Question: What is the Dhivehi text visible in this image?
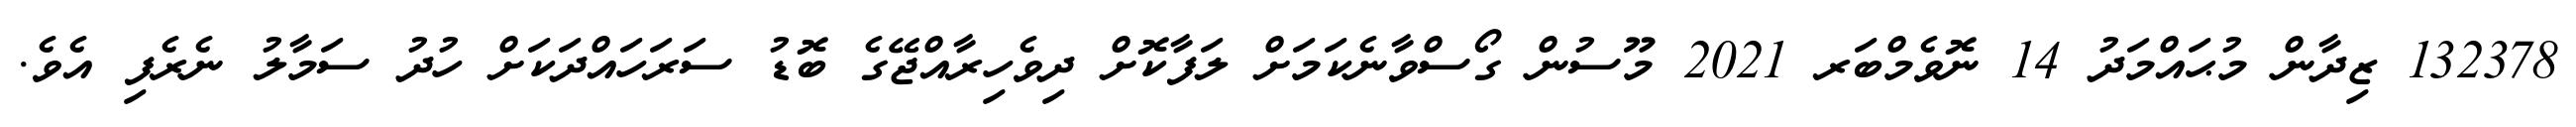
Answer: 132378 ޒިދާން މުޙައްމަދު 14 ނޮވެމްބަރ 2021 މޫސުން ގޯސްވާނެކަމަށް ލަފާކޮށް ދިވެހިރާއްޖޭގެ ބޮޑު ސަރަހައްދަކަށް ހުދު ސަމާލު ނެރެފި އެވެ.